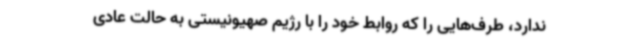
ندارد، طرف‌هایی را که روابط خود را با رژیم صهیونیستی به حالت عادی